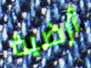
أرضية